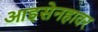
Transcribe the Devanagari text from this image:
आइसेनहावर